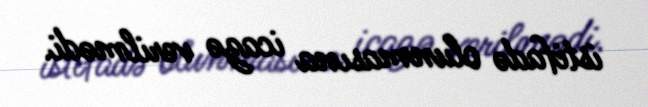
istifadə olunmasına icazə verilmədi.